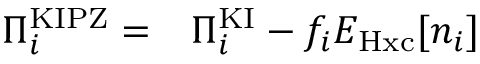
\begin{array} { r l } { \Pi _ { i } ^ { \mathrm { K I P Z } } = } & { { } \Pi _ { i } ^ { \mathrm { K I } } - f _ { i } E _ { \mathrm { H x c } } [ n _ { i } ] } \end{array}